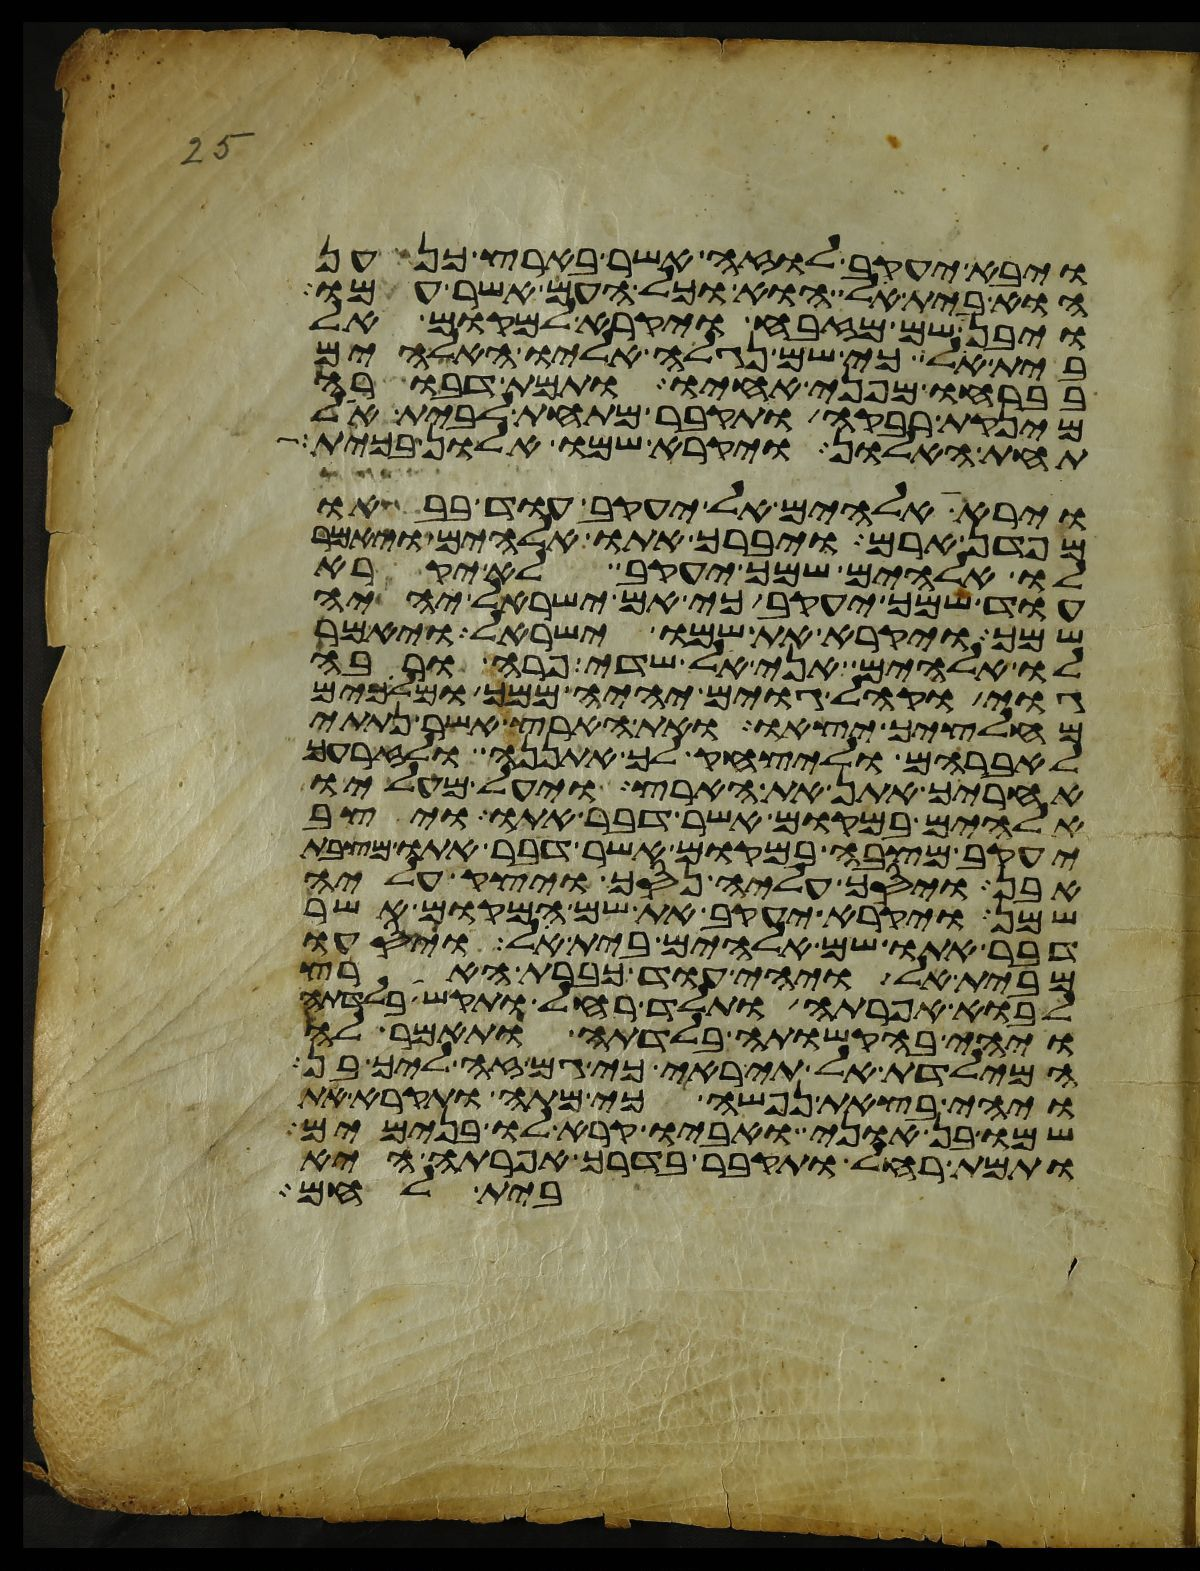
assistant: ויבא יעקב לוזה אשר בארץ כנען
הוא בית אל הוא וכל העם אשר עמו
ויבן שם מזבח ויקרא למקום אל
בית אל כי שם נגלה אליו האלהים
בברחו מפני אחיו ותמת דבורה
מינקת רבקה ותקבר מתחת לבית אל
תחת האלון ויקרא שמו אלון בכית
וירא אלהים אל יעקב עוד בבאו
מפדן ארם ויברך אתו אלהים ויאמר
לו אלהים שמך יעקב לא יקרא
עוד שמך יעקב כי אם ישראל יהיה
שמך ויקרא את שמו ישראל ויאמר
לו אלהים אני אל שדי פרה ורבה
גוי וקהל גוים יהיה ממך ומלכים
מחלציך יצאו ואת הארץ אשר נתתי
לאברהם וליצחק לך אתננה ולזרעך
אחריך אתן את הארץ ויעל מעליו
אלהים במקום אשר דבר אתו ויצב
יעקב מצבה במקום אשר דבר אתו מצבת
אבן ויסך עליה נסך ויצק עליה
שמן ויקרא יעקב את שם המקום אשר
דבר אתו שם אלהים בית אל ויסעו
מבית אל ויהי עוד כברת הארץ
לבוא אפרתה ותלד רחל ותקש בלדתה
ויהי בהקשותה בלדתה ותאמר לה
המילדת אל תיראי כי גם זה ליך בן
ויהי בצאת נפשה כי מתה ותקרא את
שמו בן אוני ואביו קרא לו בנימים
ותמת רחל ותקבר בדרך אפרתה היא
בית לחם